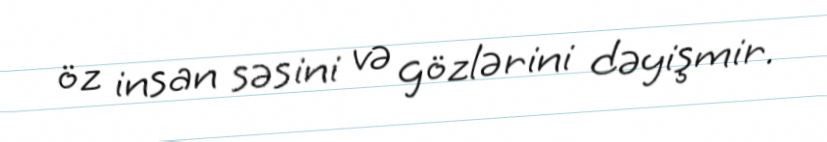
öz insan səsini və gözlərini dəyişmir.